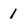
Character: 1